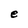
Character: e